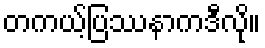
တကယ့်ပြဿနာကဒီလို။